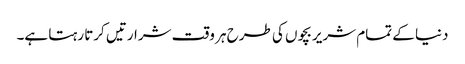
دنیا کے تمام شریر بچوں کی طرح ہر وقت شرارتیں کرتا رہتا ہے۔